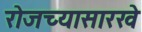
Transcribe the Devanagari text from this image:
रोजच्यासारखे